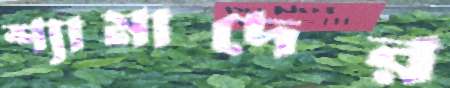
শ্যামাদের